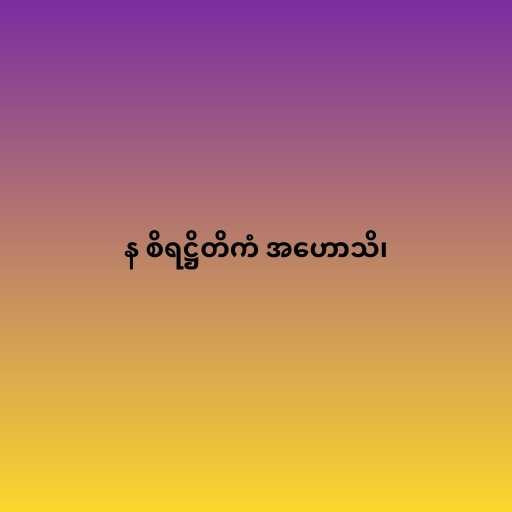
န စိရဋ္ဌိတိကံ အဟောသိ၊